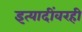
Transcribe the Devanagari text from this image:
इत्यादींवरही